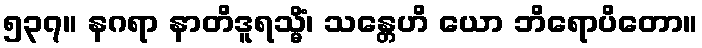
၅၃၇။ နဂရာ နာတိဒူရသ္မိံ၊ သန္တေဟိ ယော ဘိရောပိတော။